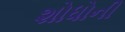
શોધોની